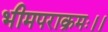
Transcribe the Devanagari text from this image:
भीमपराक्रमः।।